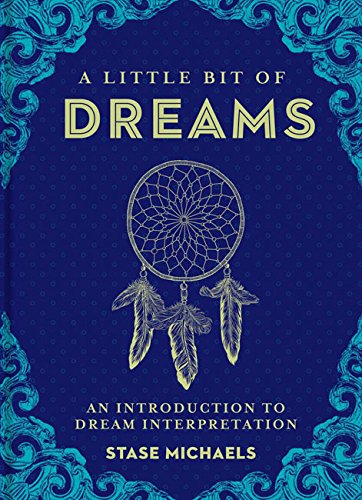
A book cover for A Little Bit of Dreams: An Introduction to Dream Interpretation; Stase Michaels; Self-Help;